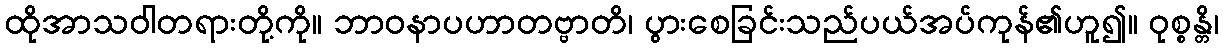
ထိုအာသဝါတရားတို့ကို။ ဘာဝနာပဟာတဗ္ဗာတိ၊ ပွားစေခြင်းသည်ပယ်အပ်ကုန်၏ဟူ၍။ ဝုစ္စန္တိ၊